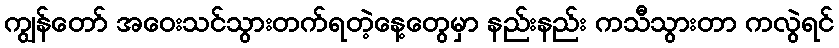
ကျွန်တော် အဝေးသင်သွားတက်ရတဲ့နေ့တွေမှာ နည်းနည်း ကသီသွားတာ ကလွဲရင်